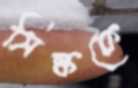
সিল্ককে